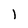
Character: 1